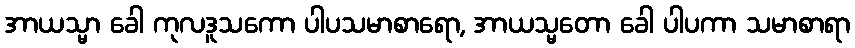
အာယသ္မာ ခေါ ကုလဒူသကော ပါပသမာစာရော, အာယသ္မတော ခေါ ပါပကာ သမာစာရာ